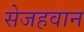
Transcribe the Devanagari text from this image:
सेजहवान